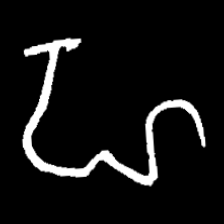
Pyu character \u2014 Myanmar letter: ဟ (romanized: ha)